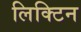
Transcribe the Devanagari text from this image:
लिक्टिन